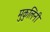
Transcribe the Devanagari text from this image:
मुकुलिनी